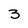
Character: 3